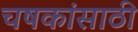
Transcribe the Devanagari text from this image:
चषकांसाठी